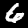
Digit: 6